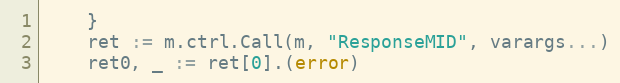
Language: Go
	}
	ret := m.ctrl.Call(m, "ResponseMID", varargs...)
	ret0, _ := ret[0].(error)